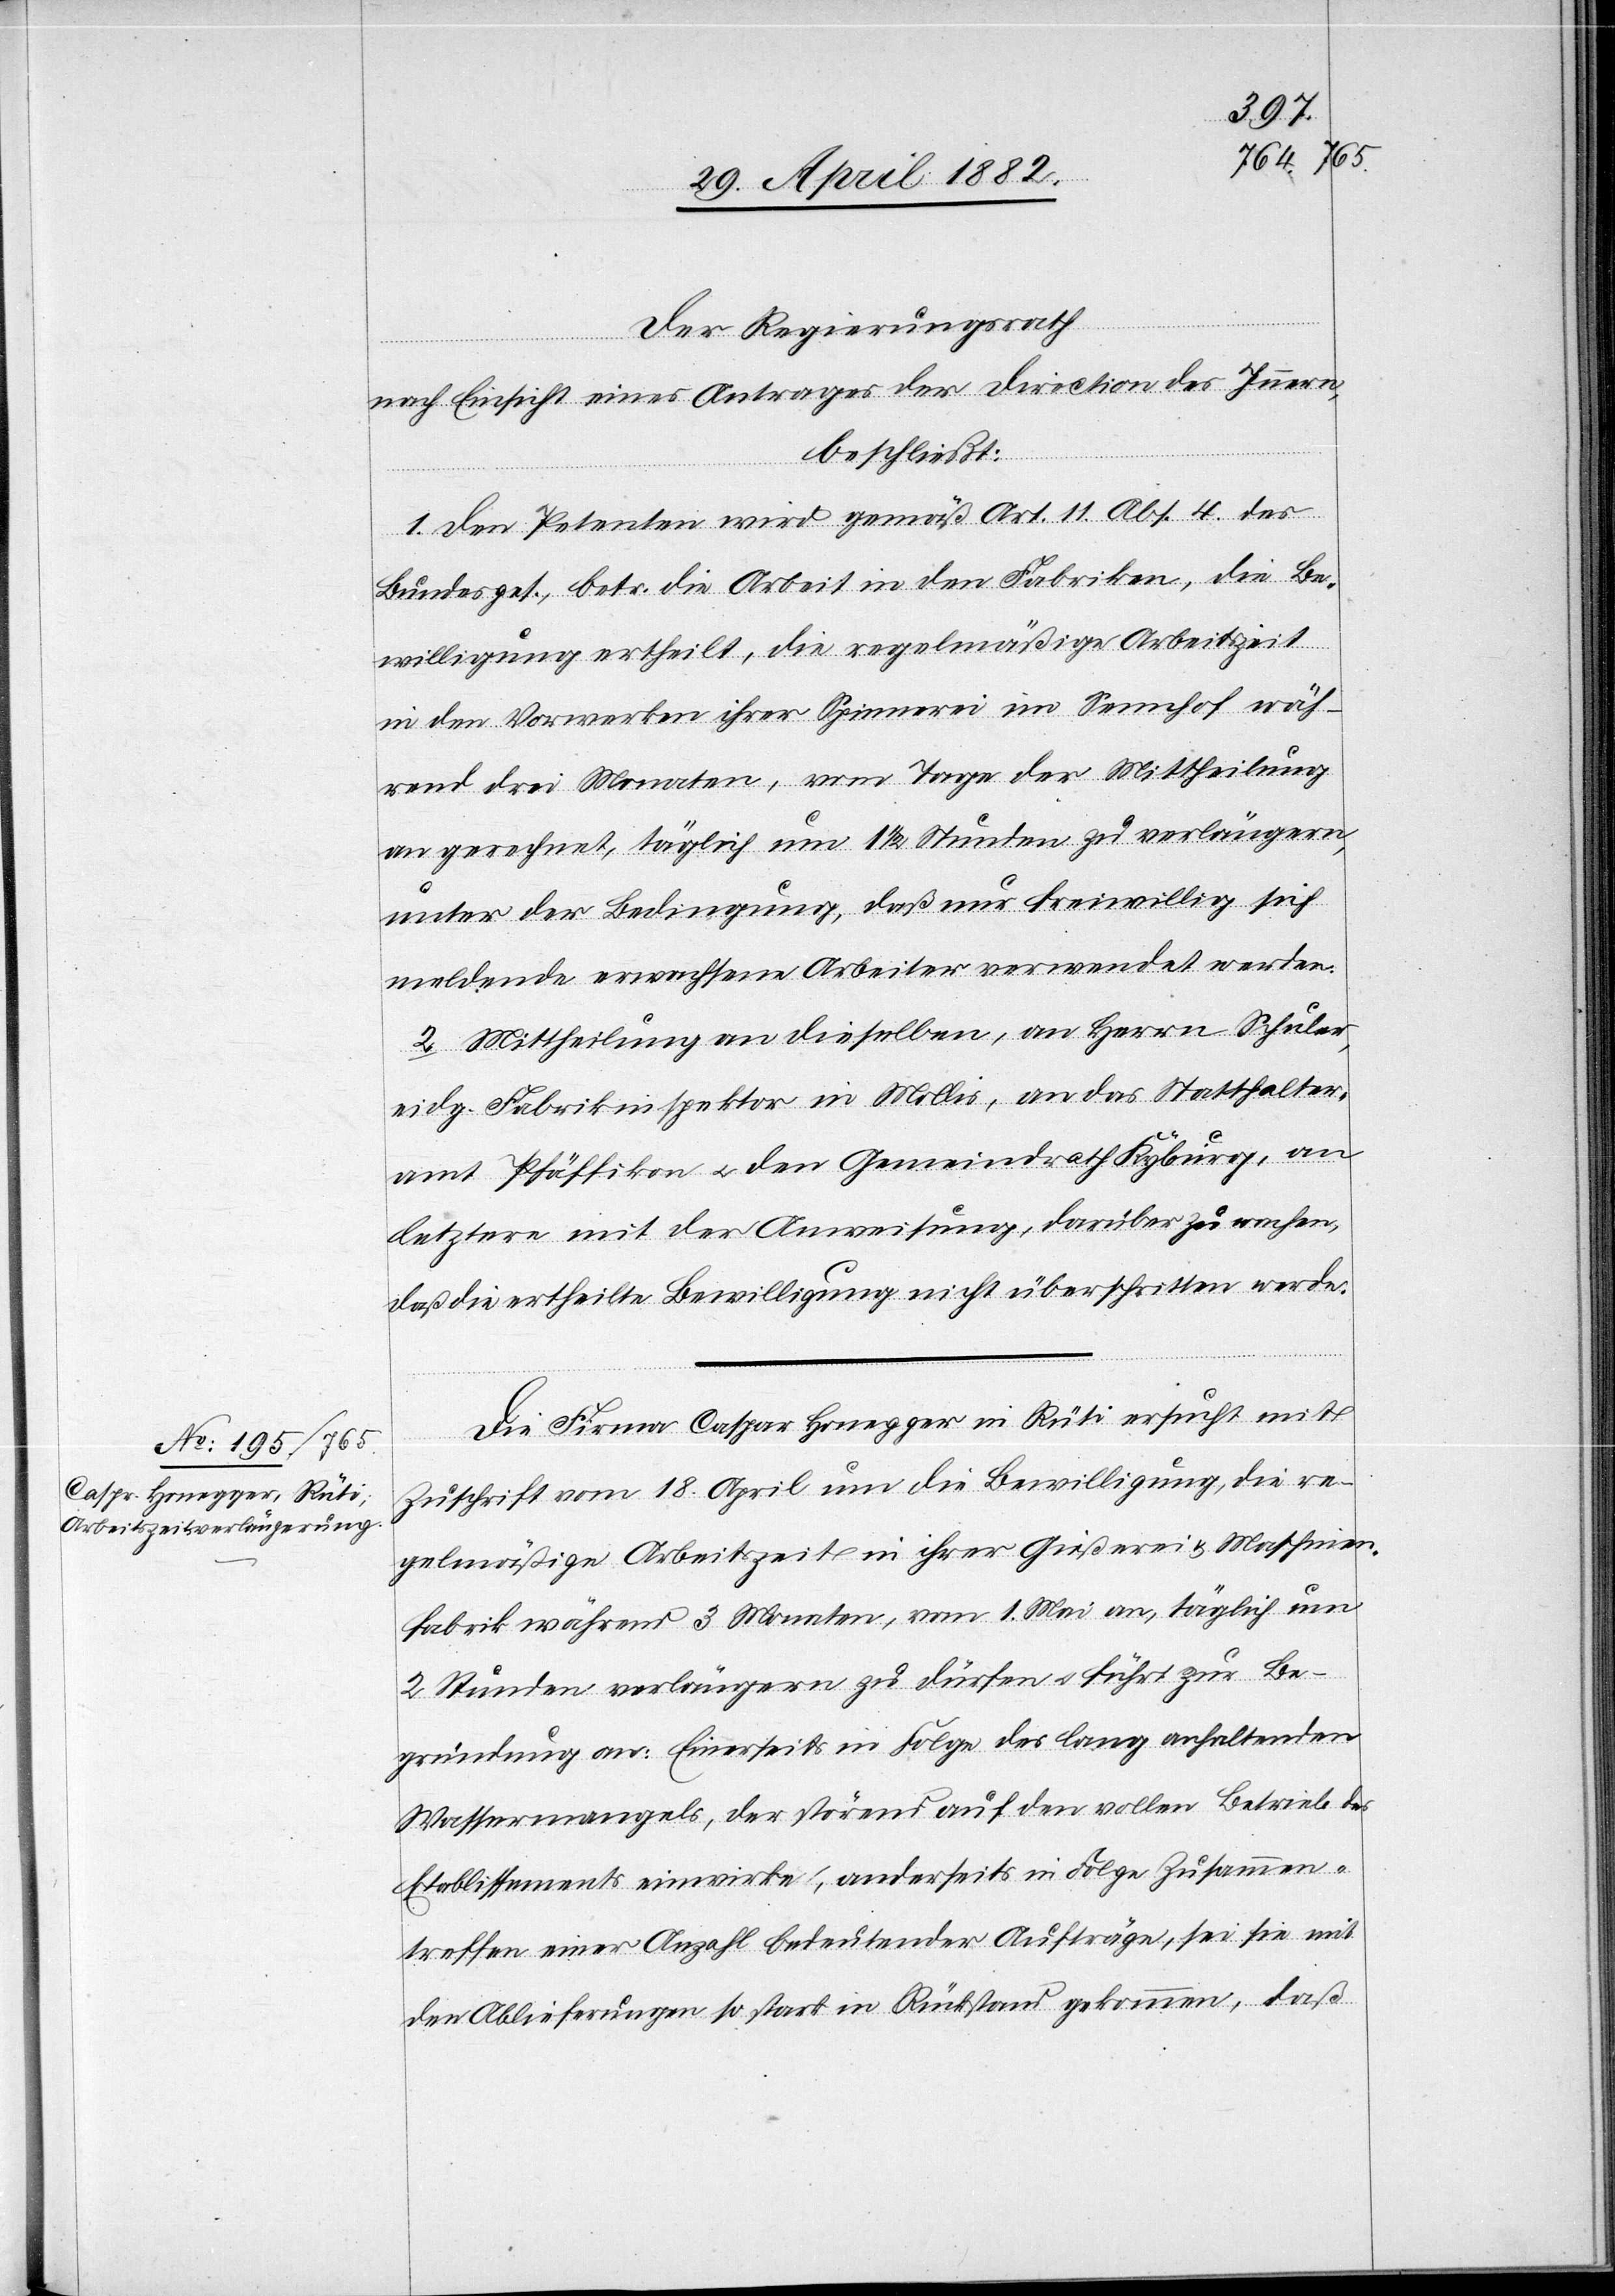
Der Regierungsrath
nach Einsicht eines Antrages der Direction des Innern,
beschließt:
1. Den Petenten wird gemäß § 11, Abs. 4 des
Bundesges., betr. die Arbeit in den Fabriken, die Be¬
willigung ertheilt, die regelmäßige Arbeitszeit
in den Vorwerken ihrer Spinnerei im Sennhof wäh¬
rend drei Monaten, vom Tage der Mittheilung
an gerechnet, täglich um 1 1/2 Stunden zu verlängern,
unter der Bedingung, daß nur freiwillig sich
meldende erwachsene Arbeiter verwendet werden.
2. Mittheilung an dieselben, an Herrn Schuler,
eidg. Fabrikinspektor in Mollis, an das Statthalter¬
amt Pfäffikon u. den Gemeindrath Kyburg, an
letztere mit der Anweisung, darüber zu wachen,
daß die ertheilte Bewilligung nicht überschritten werde.
Die Firma Caspar Honegger in Rüti ersucht mit
Zuschrift vom 18. April um die Bewilligung, die re¬
gelmäßige Arbeitszeit in ihrer Gießerei & Maschinen¬
fabrik während 3 Monaten, vom 1. Mai an, täglich um
2 Stunden verlängern zu dürfen u. führt zur Be¬
gründung an: Einerseits in Folge des lang anhaltenden
Wassermangels, der störend auf den vollen Betrieb des
Etablissements einwirke, anderseits in Folge Zusammen¬
treffen einer Anzahl bedeutender Aufträge, sei sie mit
den Ablieferungen so stark in Rückstand gekommen, daß